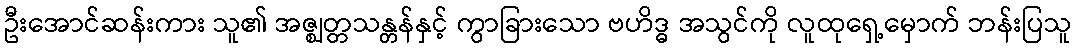
ဦးအောင်ဆန်းကား သူ၏ အဇ္ဈတ္တသန္တန်နှင့် ကွာခြားသော ဗဟိဒ္ဓ အသွင်ကို လူထုရှေ့မှောက် ဘန်းပြသူ